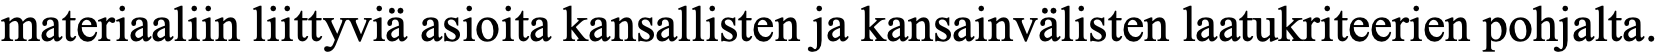
materiaaliin liittyviä asioita kansallisten ja kansainvälisten laatukriteerien pohjalta.